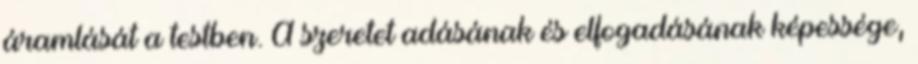
áramlását a testben. A szeretet adásának és elfogadásának képessége,